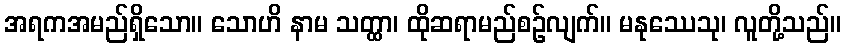
အရကအမည်ရှိသော။ သောဟိ နာမ သတ္ထာ၊ ထိုဆရာမည်စဉ်လျက်။ မနုဿေသု၊ လူတို့သည်။